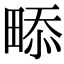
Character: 𤲖